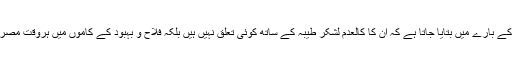
حافظ سعید جن کے بارے میں بتایا جاتا ہے کہ ان کا کالعدم لشکر طیبہ کے ساتھ کوئی تعلق نہیں ہیں بلکہ فلاح و بہبود کے کاموں میں ہروقت مصروف رہتے ہیں ۔